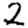
Digit: 2